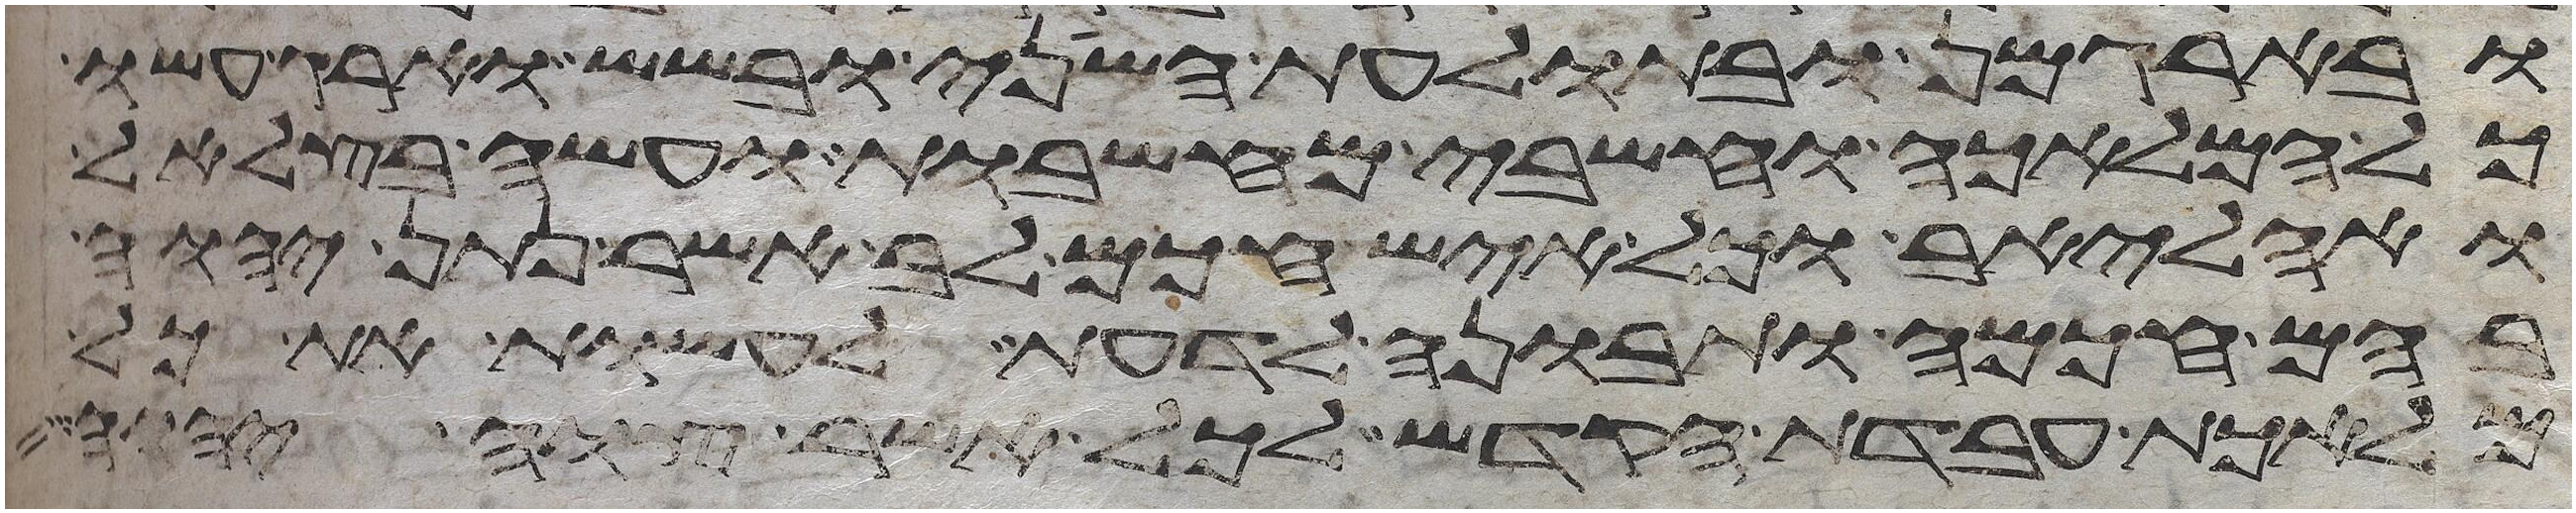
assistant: ובארגמן ובתולעת השני ובשש וארג עשו
כל המלאכה וחשבי מחשבות ועשה בצלאל
ואהליאב וכל איש חכם לב אשר נתן יהוה
בהם חכמה ותבונה לדעת לעשות את כל
מלאכת עבדת הקדש לכל אשר צוה יהוה